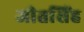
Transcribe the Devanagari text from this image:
जीतसिंह